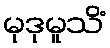
မုဒုမူသိံ